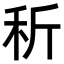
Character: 𥝹